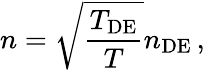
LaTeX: n=\sqrt{\frac{T_{\mathrm{DE}}}{T}}n_{\mathrm{DE}}\, ,